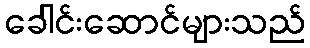
ခေါင်းဆောင်များသည်